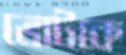
ভোটকে